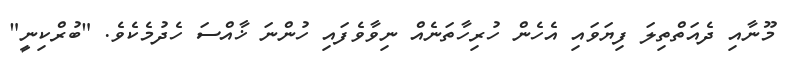
މޫނާއި ދެއަތްތިލަ ފިޔަވައި އެހެން ހުރިހާތަނެއް ނިވާވެފައި ހުންނަ ޚާއްސަ ހެދުމެކެވެ. "ބުރްކިނީ"